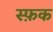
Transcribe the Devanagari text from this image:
स्फ़क